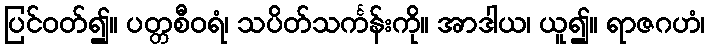
ပြင်ဝတ်၍။ ပတ္တစီဝရံ၊ သပိတ်သင်္ကန်းကို။ အာဒါယ၊ ယူ၍။ ရာဇဂဟံ၊